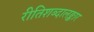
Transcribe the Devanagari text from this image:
रीतिशब्दालङ्कार